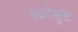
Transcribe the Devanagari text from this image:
रुक्षतेमुळे